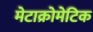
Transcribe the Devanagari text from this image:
मेटाक्रोमेटिक